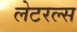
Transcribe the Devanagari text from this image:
लेटरल्स